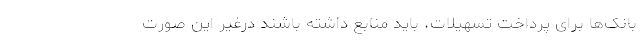
بانک‌ها برای پرداخت تسهیلات، باید منابع داشته باشند درغیر این صورت